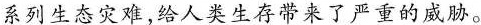
系列生态灾难，给人类生存带来了严重的威胁。